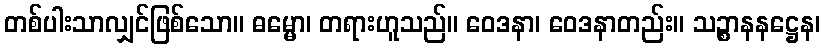
တစ်ပါးသာလျှင်ဖြစ်သော။ ဓမ္မော၊ တရားဟူသည်။ ဝေဒနာ၊ ဝေဒနာတည်း။ သဉ္စာနနဋ္ဌေန၊